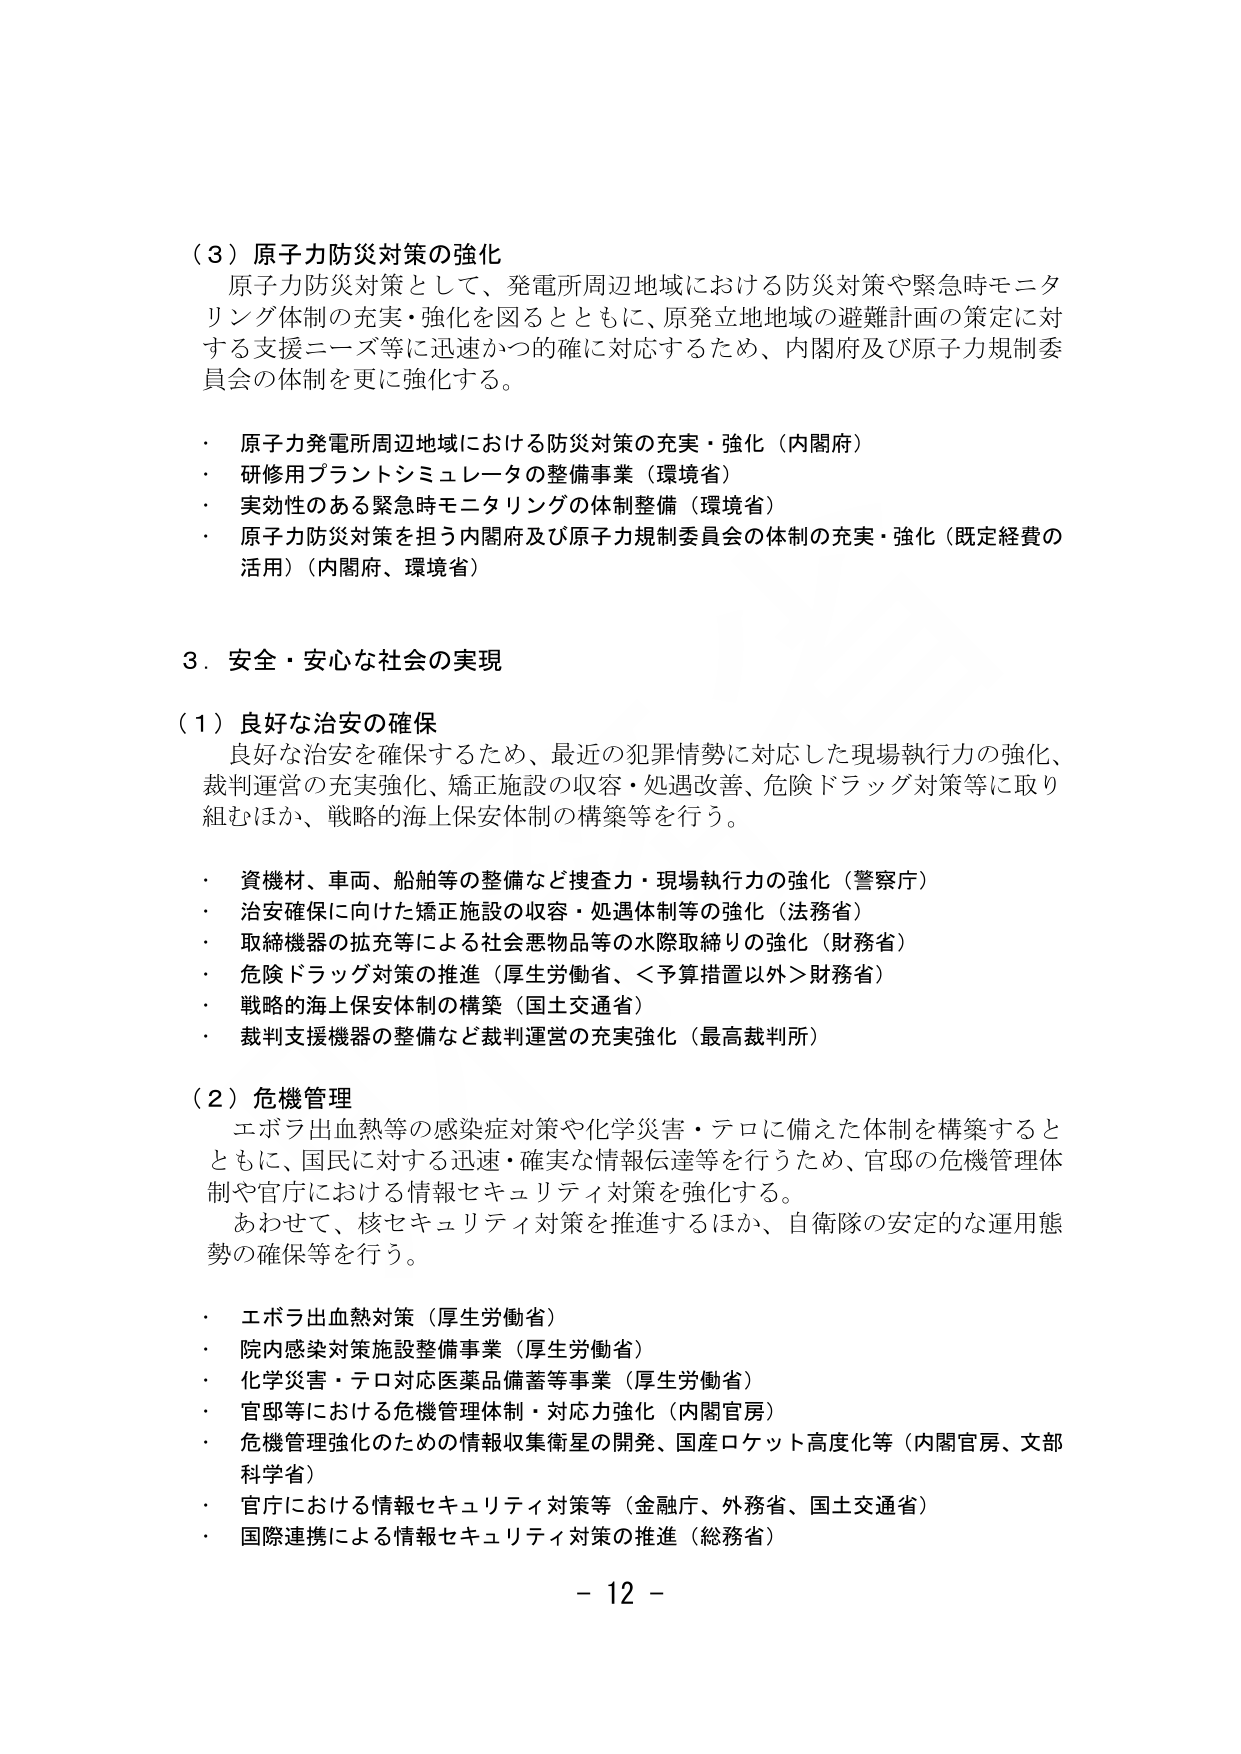
（３）原子力防災対策の強化
原子力防災対策として、発電所周辺地域における防災対策や緊急時モニタリング体制の充実・強化を図るとともに、原発立地地域の避難計画の策定に対する支援ニーズ等に迅速かつ的確に対応するため、内閣府及び原子力規制委員会の体制を更に強化する。

・ 原子力発電所周辺地域における防災対策の充実・強化（内閣府）
・ 研修用プラントシミュレータの整備事業（環境省）
・ 実効性のある緊急時モニタリングの体制整備（環境省）
・ 原子力防災対策を担う内閣府及び原子力規制委員会の体制の充実・強化（既定経費の活用）（内閣府、環境省）

３．安全・安心な社会の実現

（１）良好な治安の確保
良好な治安を確保するため、最近の犯罪情勢に対応した現場執行力の強化、裁判運営の充実強化、矯正施設の収容・処遇改善、危険ドラッグ対策等に取り組むほか、戦略的海上保安体制の構築等を行う。

・ 資機材、車両、船舶等の整備など捜査力・現場執行力の強化（警察庁）
・ 治安確保に向けた矯正施設の収容・処遇体制等の強化（法務省）
・ 取締機器の拡充等による社会悪物品等の水際取締りの強化（財務省）
・ 危険ドラッグ対策の推進（厚生労働省、＜予算措置以外＞財務省）
・ 戦略的海上保安体制の構築（国土交通省）
・ 裁判支援機器の整備など裁判運営の充実強化（最高裁判所）

（２）危機管理
エボラ出血熱等の感染症対策や化学災害・テロに備えた体制を構築するとともに、国民に対する迅速・確実な情報伝達等を行うため、官邸の危機管理体制や官庁における情報セキュリティ対策を強化する。
あわせて、核セキュリティ対策を推進するほか、自衛隊の安定的な運用態勢の確保等を行う。

・ エボラ出血熱対策（厚生労働省）
・ 院内感染対策施設整備事業（厚生労働省）
・ 化学災害・テロ対応医薬品備蓄等事業（厚生労働省）
・ 官邸等における危機管理体制・対応力強化（内閣官房）
・ 危機管理強化のための情報収集衛星の開発、国産ロケット高度化等（内閣官房、文部科学省）
・ 官庁における情報セキュリティ対策等（金融庁、外務省、国土交通省）
・ 国際連携による情報セキュリティ対策の推進（総務省）

－ 12 －